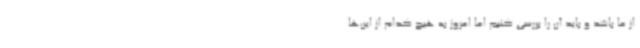
از ما باشد و باید آن را بررسی کنیم اما امروز به هیچ کدام از این‌ها